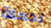
لحملة